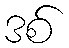
ဒစ်